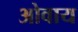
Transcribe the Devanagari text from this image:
ओवाय